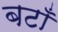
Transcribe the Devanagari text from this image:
बटाँ